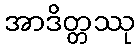
အာဒိတ္တဿု